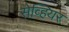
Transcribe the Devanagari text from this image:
सेव्हियर